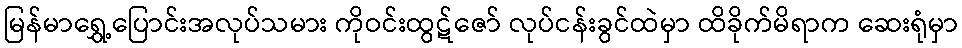
မြန်မာရွှေ့ပြောင်းအလုပ်သမား ကိုဝင်းထွဋ်ဇော် လုပ်ငန်းခွင်ထဲမှာ ထိခိုက်မိရာက ဆေးရုံမှာ